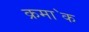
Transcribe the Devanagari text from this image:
क्रमा॓क